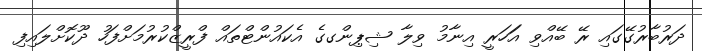
ދަރުބާާރުގޭގައި ރޭ ބޭއްވި އަަހަރީ އިނާމު ވިލާ ޝިޕިންގގެ އެކައުންޓްތައް ފްރީޒްކުރުމަށްފަހު ދޫކޮށްލައިފި